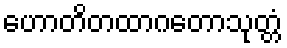
ဟောတိတထာဂတောသုတ္တံ